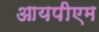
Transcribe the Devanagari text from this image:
आयपीएम